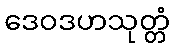
ဒေဝဒဟသုတ္တံ